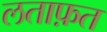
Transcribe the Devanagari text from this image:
लताफ़त